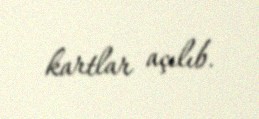
kartlar açılıb.